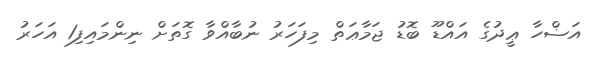
އަޟްހާ ޢީދުގެ އައްޑޫ ބޮޑު ޖަމާޢަތް މިފަހަރު ނުބާއްވާ ގޮތަށް ނިންމައިފި1 އަހަރު